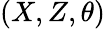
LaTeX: (X,Z,\theta)